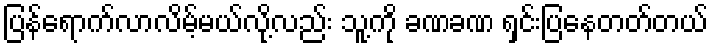
ပြန်ရောက်လာလိမ့်မယ်လို့လည်း သူ့ကို ခဏခဏ ရှင်းပြနေတတ်တယ်